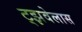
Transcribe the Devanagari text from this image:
ट्झवेलास